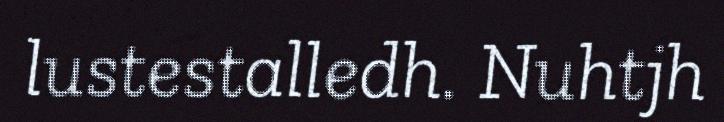
lustestalledh. Nuhtjh